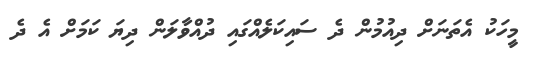
މީހަކު އެތަނަށް ދިއުމުން ދެ ސައިކަލެއްގައި ދުއްވާލަން ދިޔަ ކަމަށް އެ ދެ